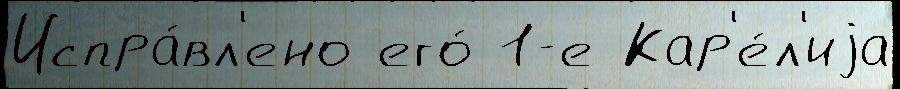
Испра́вл'ено его́ 1-е Кар'е́л'иjа